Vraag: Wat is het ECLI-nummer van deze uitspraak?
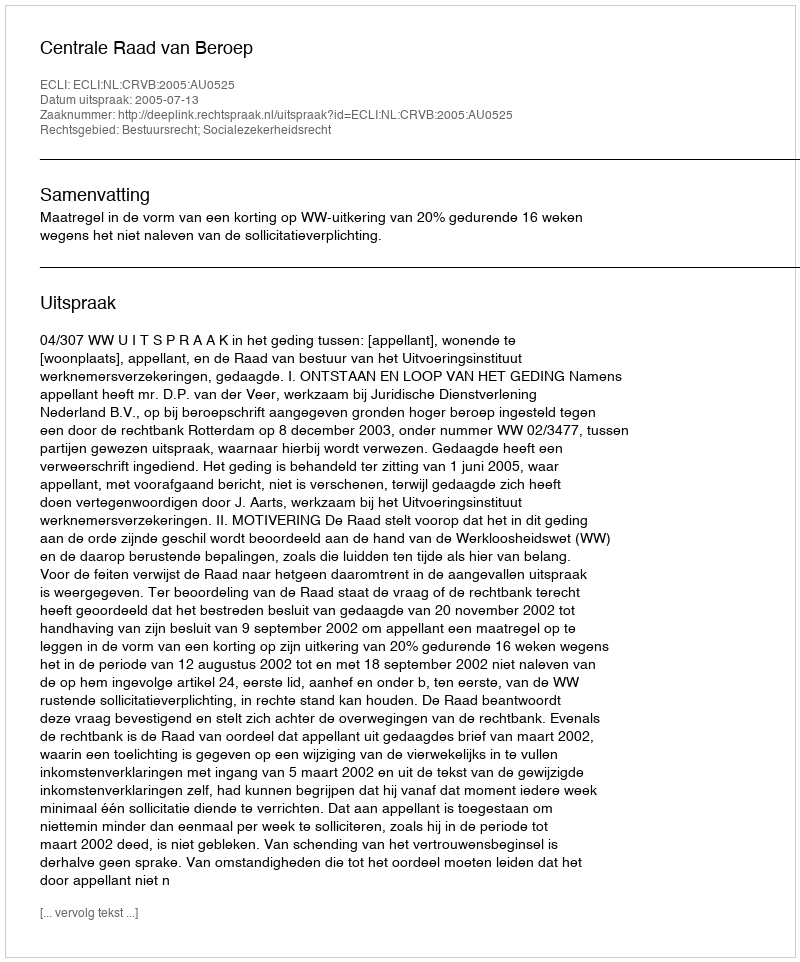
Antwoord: ECLI:NL:CRVB:2005:AU0525